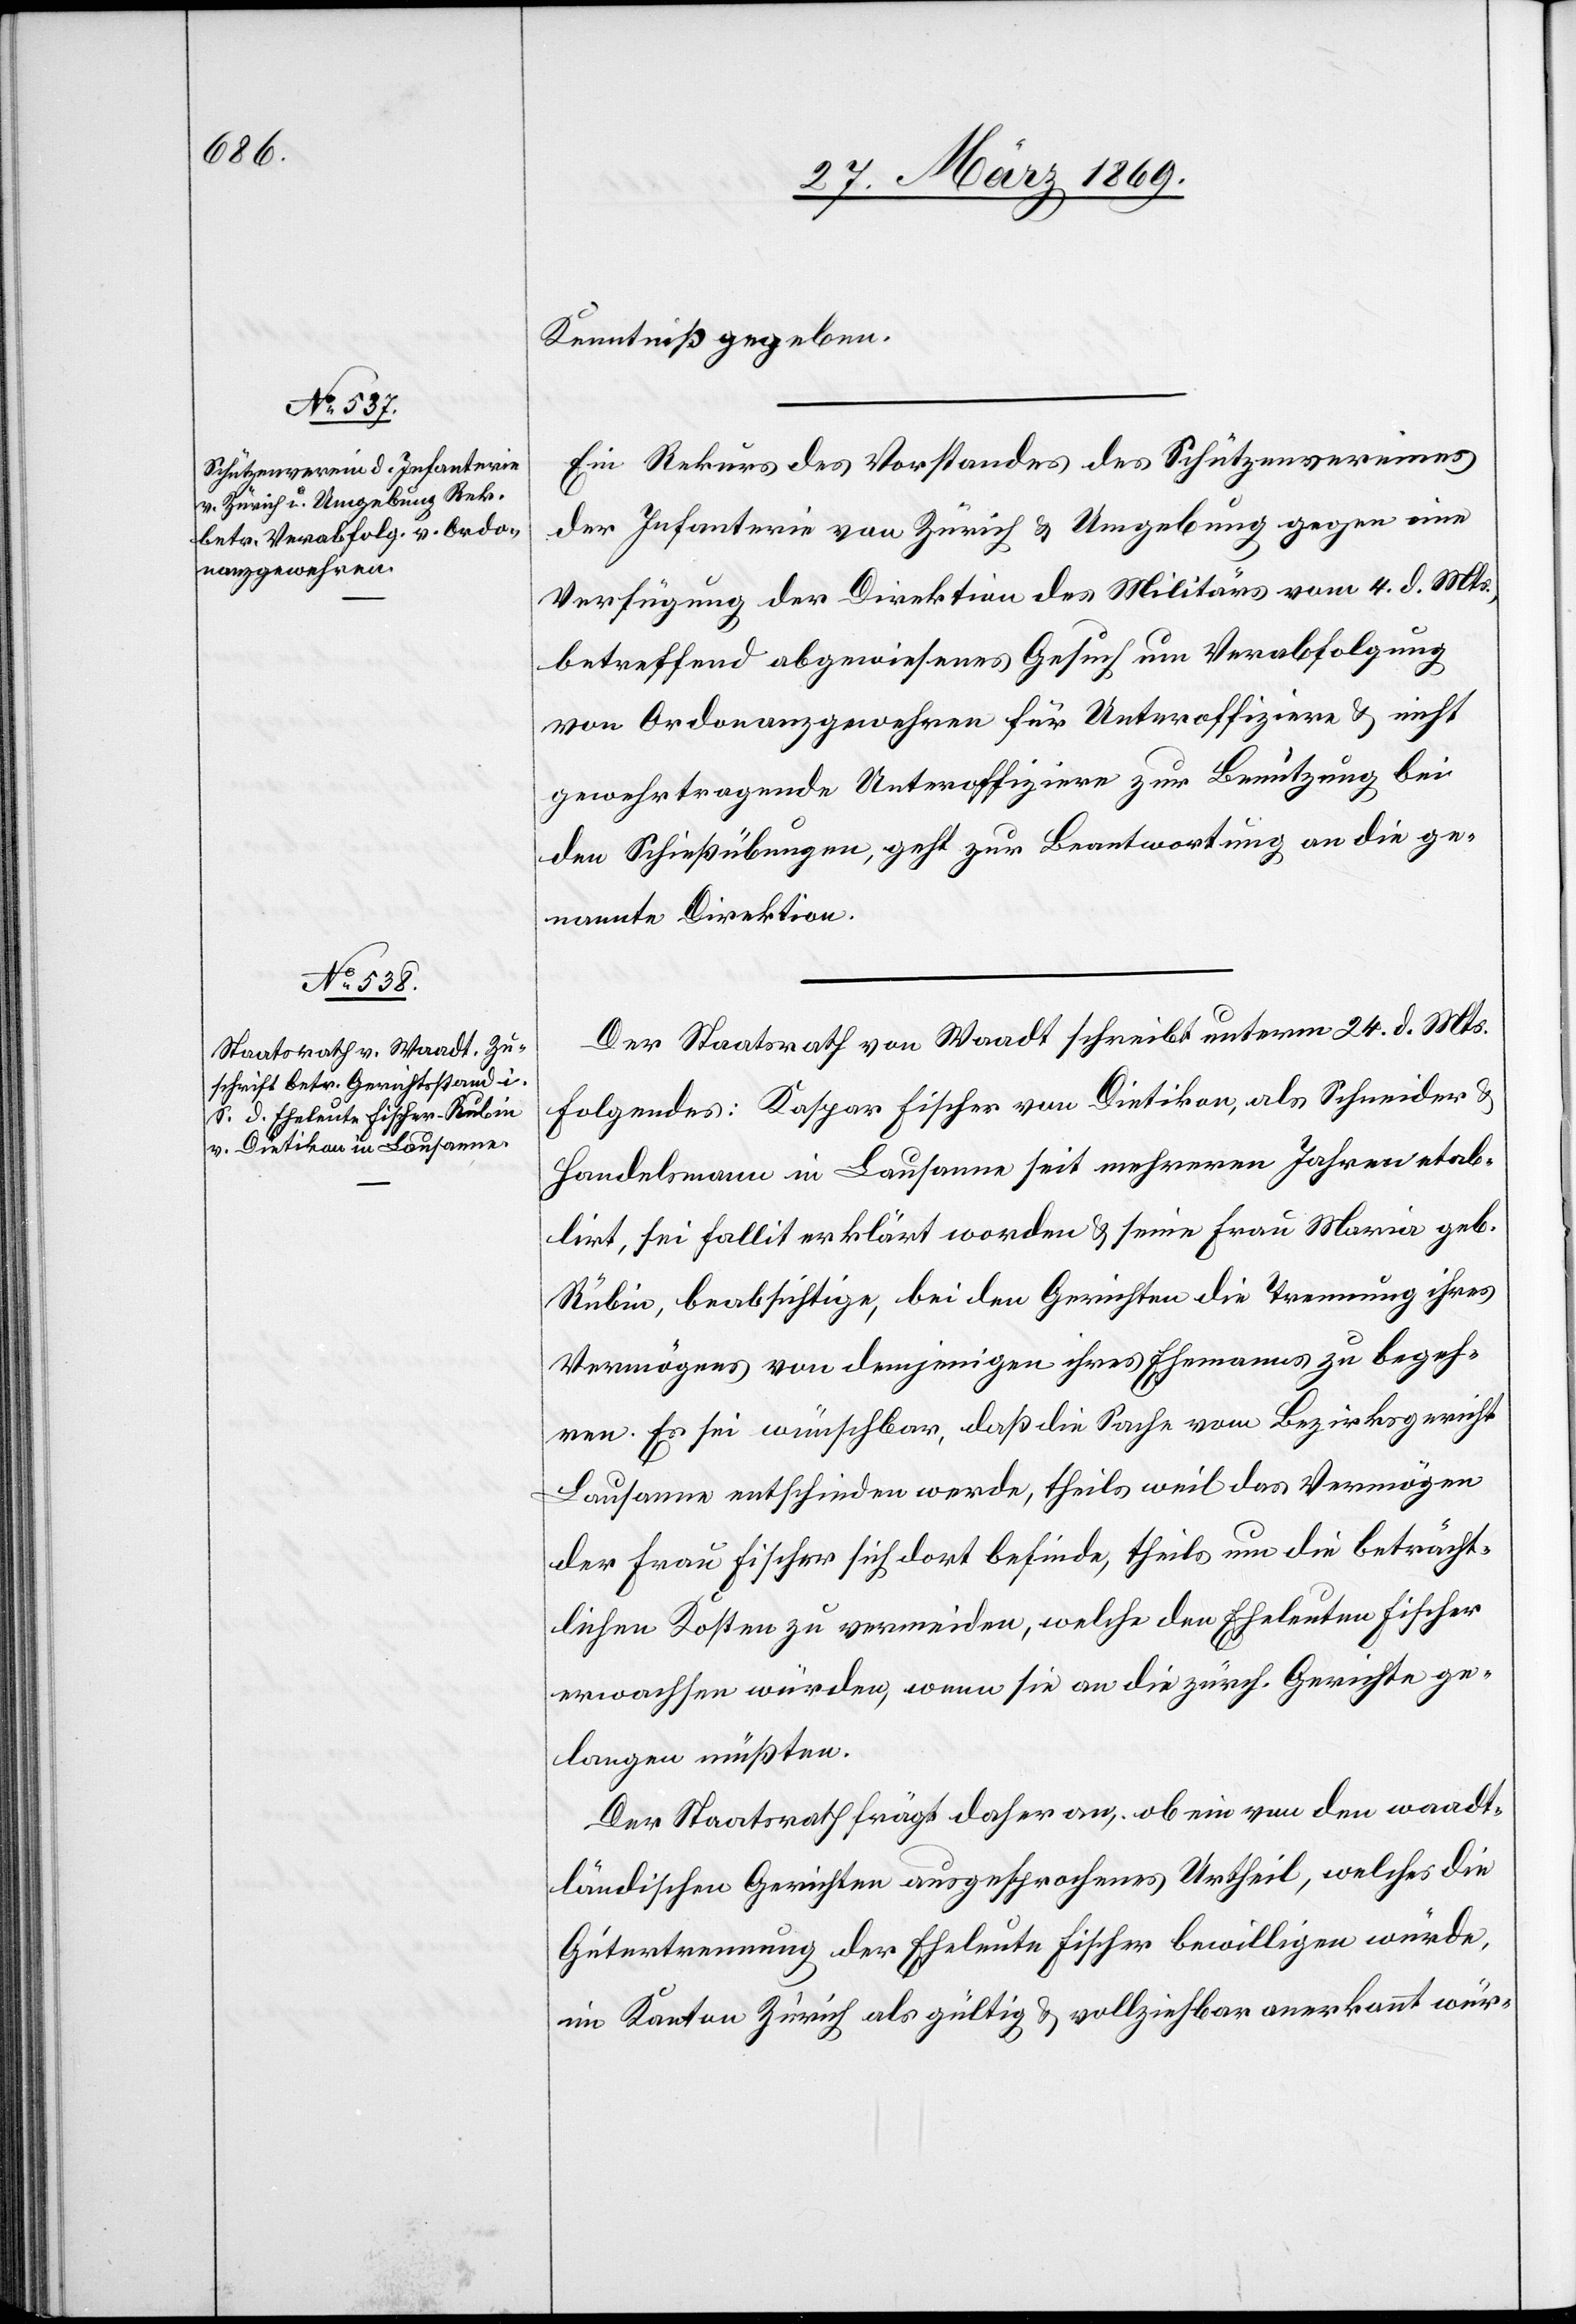
29. März 1869.]
Kenntniß gegeben.
Ein Rekurs des Vorstandes des Schützenvereines
der Infanterie von Zürich u. Umgebung gegen eine
Verfügung der Direktion des Militärs vom 4. d. Mts.,
betreffend abgewiesenes Gesuch um Verabfolgung
von Ordonanzgewehren für Unteroffiziere u. nicht
gewehrtragende Unteroffiziere zur Benützung bei
den Schießübungen, geht zur Beantwortung an die ge¬
nannte Direktion.
Der Staatsrath von Waadt schreibt unterm 24. d. Mts.
folgendes: Kaspar Fischer von Dietikon, als Schneider u.
Handelsmann in Lausanne seit mehreren Jahren etab¬
lirt, sei fallit erklärt worden u. seine Frau Maria geb.
Rubin, beabsichtige, bei den Gerichten die Trennung ihres
Vermögens von demjenigen ihres Ehemannes zu begeh¬
ren. Es sei wünschbar, daß die Sache vom Bezirksgericht
Lausanne entschieden werde, theils weil das Vermögen
der Frau Fischer sich dort befinde, theils um die beträcht¬
lichen Kosten zu vermeiden, welche den Eheleuten Fischer
erwachsen würden, wenn sie an die zürch. Gerichte ge¬
langen müßten.
Der Staatsrath frägt daher an, ob ein von den waadt¬
ländischen Gerichten angesprochenes Urtheil, welches die
Gütertrennung der Eheleute Fischer bewilligen würde,
im Kanton Zürich als gültig u. vollziehbar anerkannt wür-